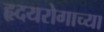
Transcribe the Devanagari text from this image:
हृदयरोगाच्या